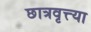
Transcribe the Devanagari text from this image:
छात्रवृत्त्या